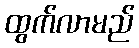
ထွက်လာမည်